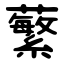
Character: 蘩